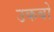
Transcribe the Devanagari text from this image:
उकबो